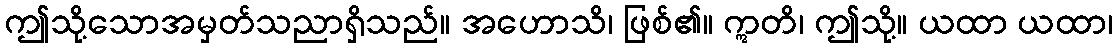
ဤသို့သောအမှတ်သညာရှိသည်။ အဟောသိ၊ ဖြစ်၏။ ဣတိ၊ ဤသို့။ ယထာ ယထာ၊